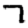
Digit: 7